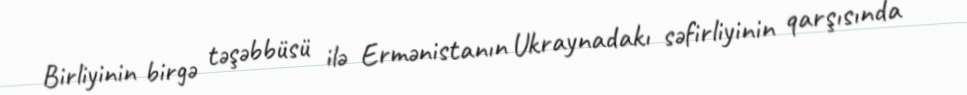
Birliyinin birgə təşəbbüsü ilə Ermənistanın Ukraynadakı səfirliyinin qarşısında